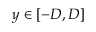
y \in [ - D , D ]